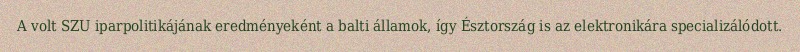
A volt SZU iparpolitikájának eredményeként a balti államok, így Észtország is az elektronikára specializálódott.